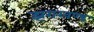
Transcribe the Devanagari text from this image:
झराखण्ड